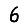
Digit: 6